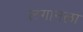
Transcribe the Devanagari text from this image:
लगानला